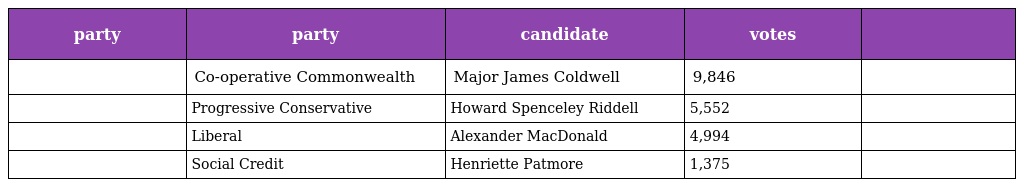
| party | party | candidate | votes |  |
 | --- | --- | --- | --- | --- |
 |  | Co-operative Commonwealth | Major James Coldwell | 9,846 |  |
 |  | Progressive Conservative | Howard Spenceley Riddell | 5,552 |  |
 |  | Liberal | Alexander MacDonald | 4,994 |  |
 |  | Social Credit | Henriette Patmore | 1,375 |  |